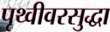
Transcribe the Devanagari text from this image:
पृथ्वीवरसुद्धा